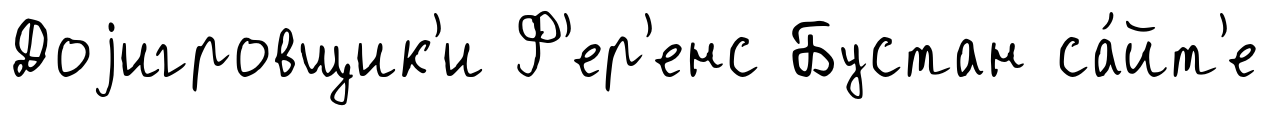
Доjигровщик'и Ф'ер'енс Бустан са́йт'е